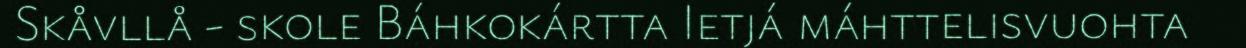
Skåvllå - skole Báhkokártta Ietjá máhttelisvuohta